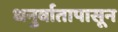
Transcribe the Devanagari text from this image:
धनुर्वातापासून